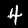
Digit: 4